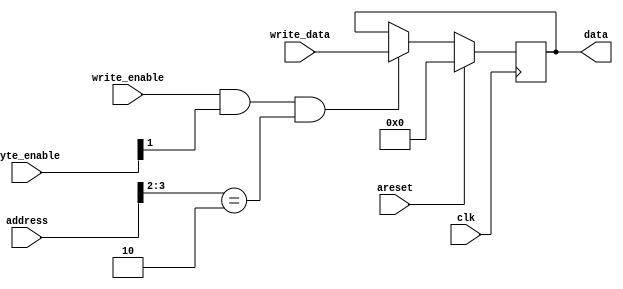
module Diode ( 
  input clk, areset,
  
  input              write_enable, 
  input      [3:  0] byte_enable,
  input      [31: 0] write_data, address,
  output reg [31: 0] data  
);
  always @(posedge clk)
    if(areset)
      data <= 32'b0;
    else if(write_enable 
      && byte_enable[1] 
      && address[3: 2] == 2'b10)
      data <= write_data;
endmodule